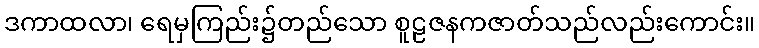
ဒကာထလာ၊ ရေမှကြည်း၌တည်သော စူဠဇနကဇာတ်သည်လည်းကောင်း။